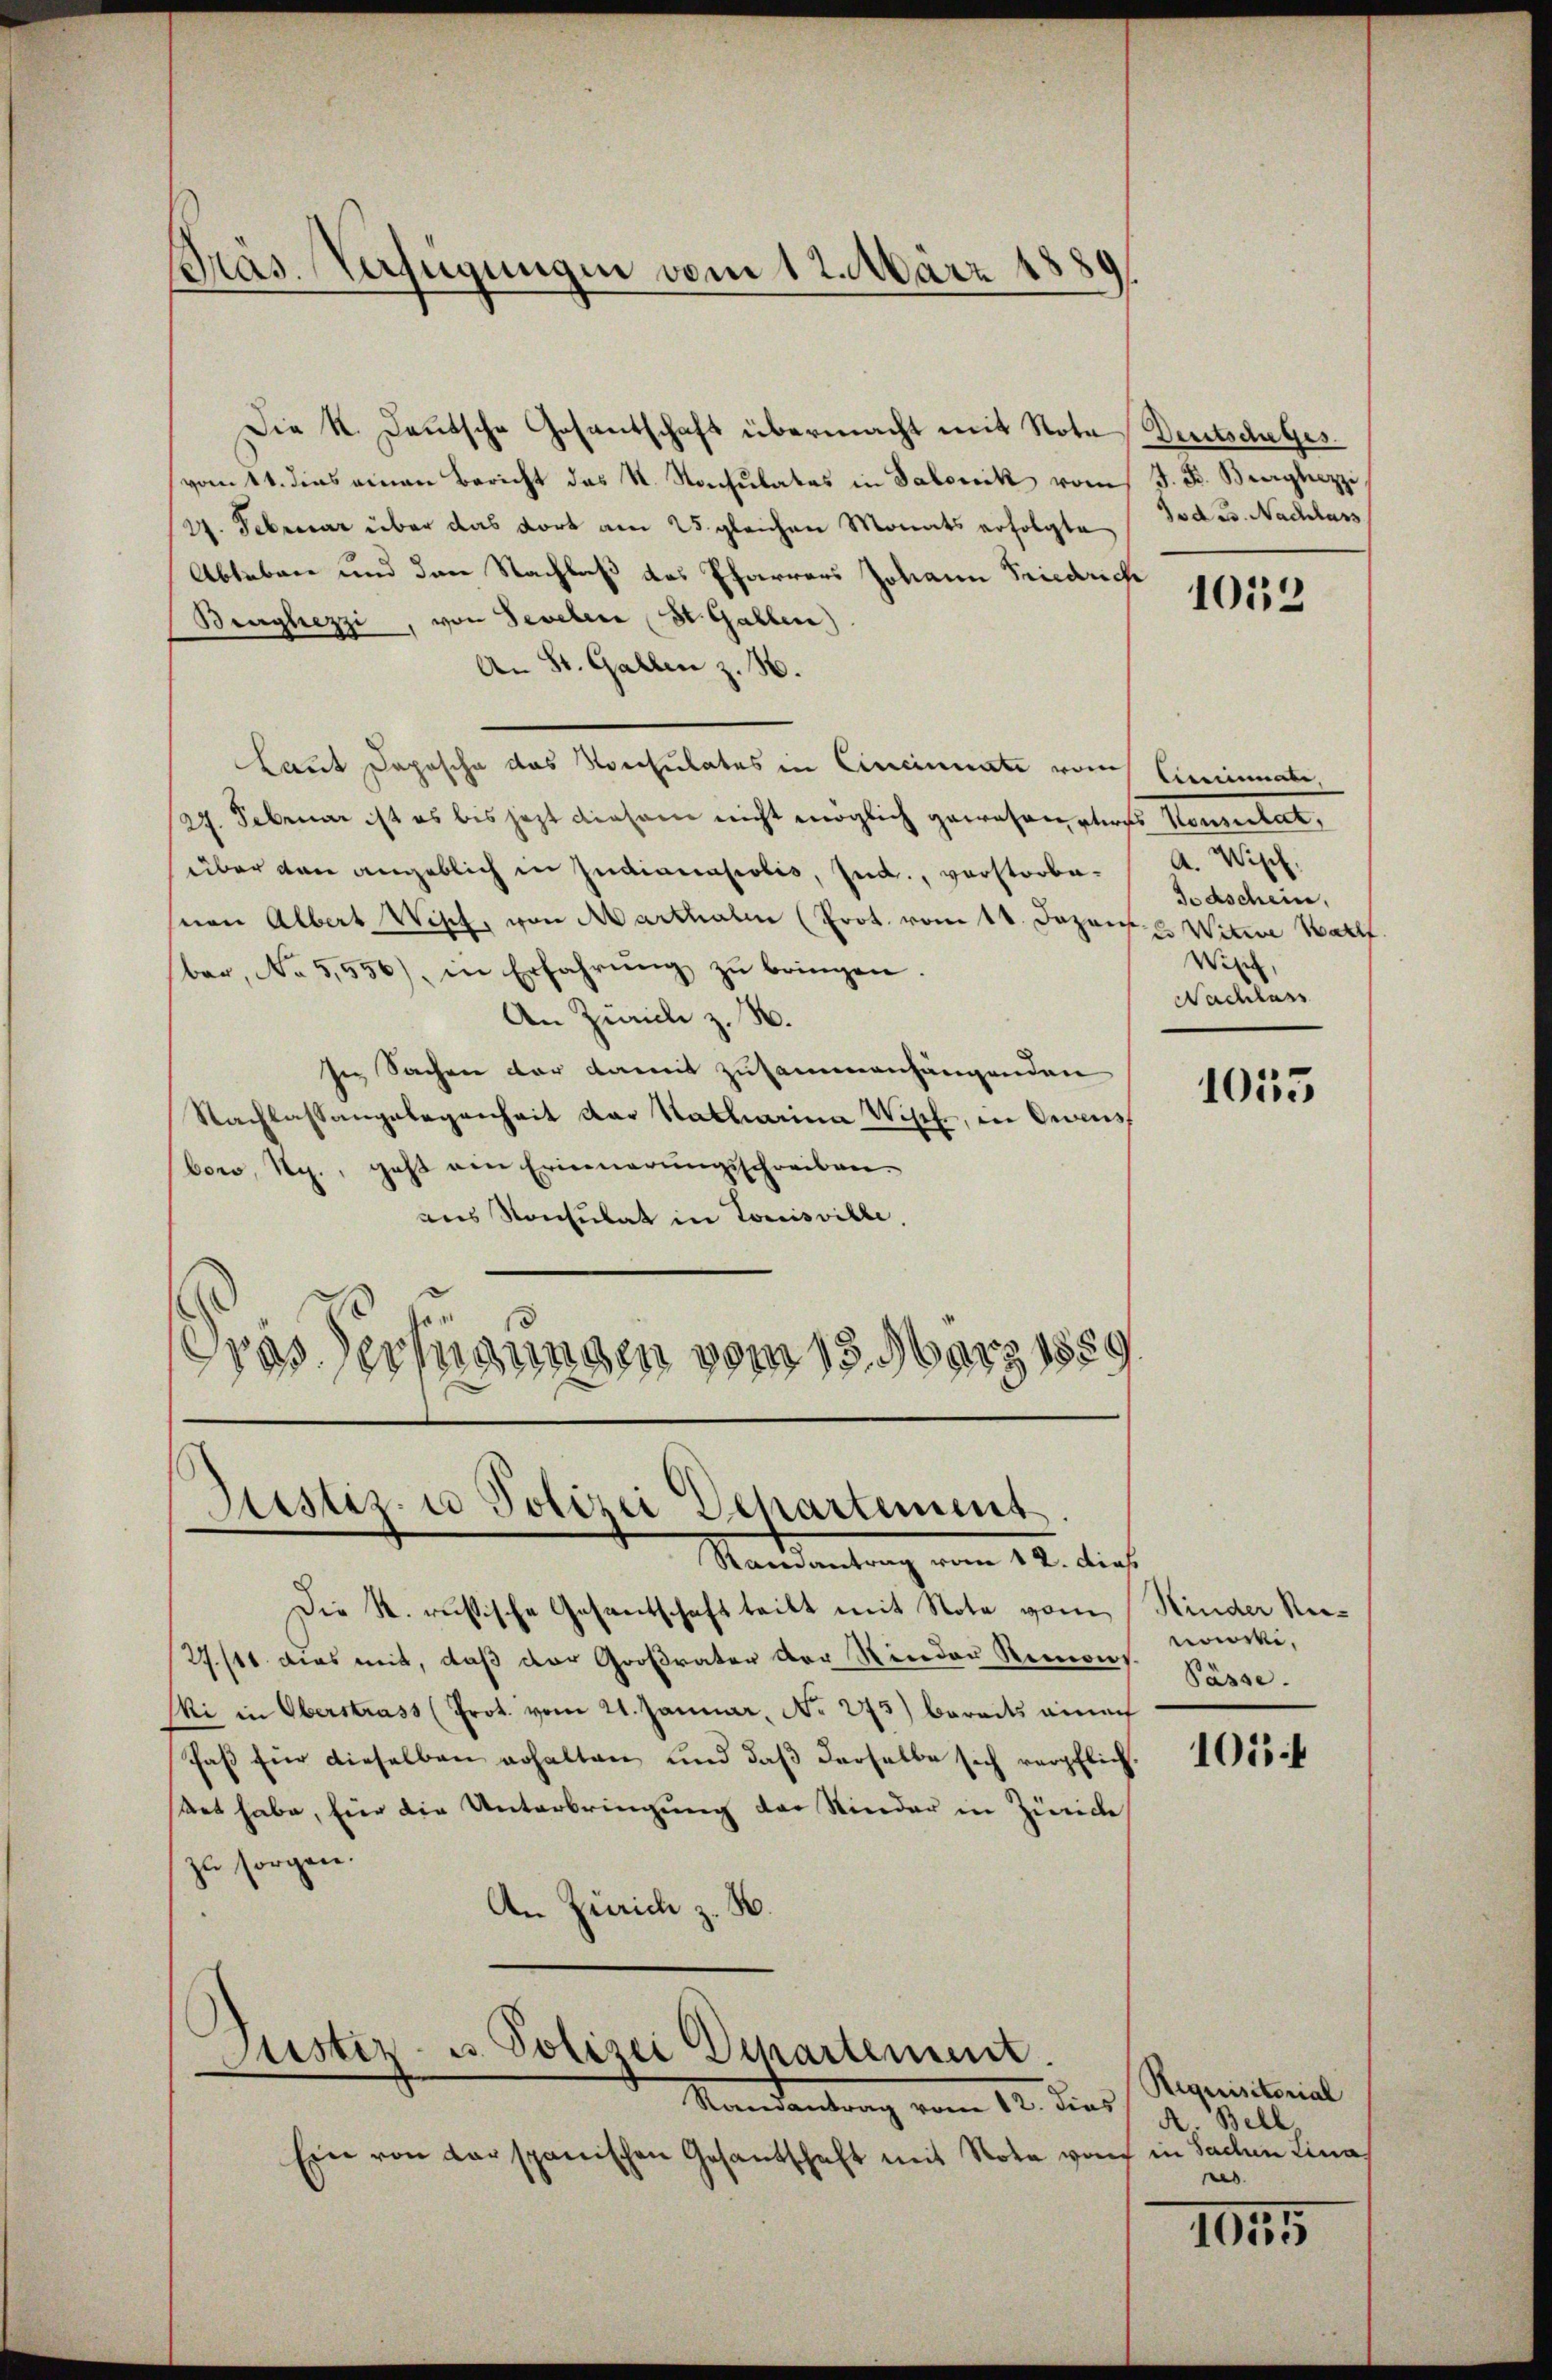
Präs. Verfügungen vom 12. März 1880
)

Die K. Deutsche Gesantschaft übermacht mit Note Deutschutzes
vom 11. dies einen Bericht des R. Konsulates in Salonik vom
27. Februar über das dort am 25. gleichen Monats erfolgte
Ableben und den Nachlaß das Pfarrers Johann Friedrich
Benghezzi, von Sevebene St. Gallen)
An St. Gallen z. B.
Laut Depesche das Konsulates in Cincinnate vom Eineinnate,
27. Februar ist es bis jezt diesem nicht möglich gewesen etwas Konsulat,
über den angeblich in Indianasialis, sud., verstorbesion Albert Wipf, von Marthalen (Prot. vom 14. Dozent. Witwe Wall
ber, No 5,556), in Erfahrŭng zŭ bringen.
An Zürich z. B.
sie Sachen dar damit zusammenhängenden
Nachlassangelegenheit der Katharina Wisch, in Oedens
boro, Rg., geht ein Erinnerungsschreiben.
aus Konsulat in Louisville.
Gras Verfügungen vom 13. März 1889

Mandentrag vom 10. dies, d. Welt,
Ein von der spanischen Gesandschaft mit Nota von in Sachen Lina

Justiz- u Polizei Departement.
Randantrag vom 12. dies.

Die k. russische Gesantschaft teilt mit Note vom Kinder Ni¬
27./11. dies mit, daß der Großvater der Rinder Remons
Mi in Oberstrass (Prot. vom 21. Januar, No 275) bereits einach
Faß für dieselben erhalten und daß derselbe sich verpflich.
stet habe, für die Unterbringung der Kinder in Züric
zu sorgen.
An Zürich z. B.

Justiz- u. Polizei Departement

J. B. Berghezzi,
Jod 23. Nachlass

1052

A. Wisch.
Todschein,
Wipf,
Nachlass

1055

nowski,
Pässe.

101

Requisitorial
s

101